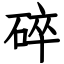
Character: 碎